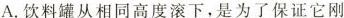
A.饮料罐从相同高度滚下，是为了保证它刚